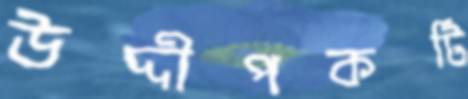
উদ্দীপকটি